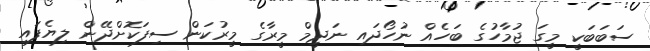
ސަބަބަކީ މީގަ ޖުމާހުގެ ބަހެއް ނުހޯދައި ނަދީމް މީރާގެ މީރުކަން ސިފަކޮށްދޭން ލިޔެފައި